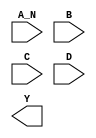
module sky130_fd_sc_hd__nand4b (
    //# {{data|Data Signals}}
    input  A_N,
    input  B  ,
    input  C  ,
    input  D  ,
    output Y
);

    // Voltage supply signals
    supply1 VPWR;
    supply0 VGND;
    supply1 VPB ;
    supply0 VNB ;

endmodule